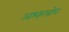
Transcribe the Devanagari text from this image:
अश्कलोन